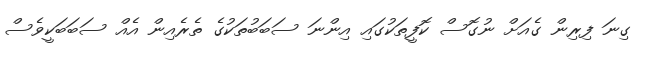
ގިނަ ފިރިން ގެއަށް ނުގޮސް ކޮފީތަކުގައި އިންނަ ސަބަބުތަކުގެ ތެރެއިން އެއް ސަބަބަކީވެސް